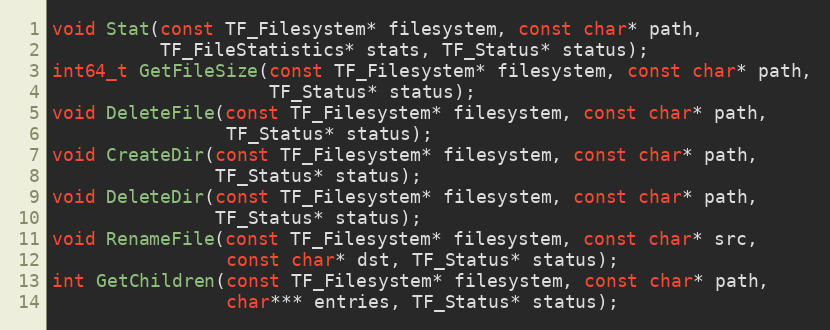
Language: C
void Stat(const TF_Filesystem* filesystem, const char* path,
          TF_FileStatistics* stats, TF_Status* status);
int64_t GetFileSize(const TF_Filesystem* filesystem, const char* path,
                    TF_Status* status);
void DeleteFile(const TF_Filesystem* filesystem, const char* path,
                TF_Status* status);
void CreateDir(const TF_Filesystem* filesystem, const char* path,
               TF_Status* status);
void DeleteDir(const TF_Filesystem* filesystem, const char* path,
               TF_Status* status);
void RenameFile(const TF_Filesystem* filesystem, const char* src,
                const char* dst, TF_Status* status);
int GetChildren(const TF_Filesystem* filesystem, const char* path,
                char*** entries, TF_Status* status);